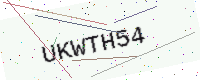
Text: UKWTH54